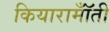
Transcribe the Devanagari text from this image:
कियारामॉँती